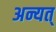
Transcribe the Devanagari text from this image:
अन्यत्